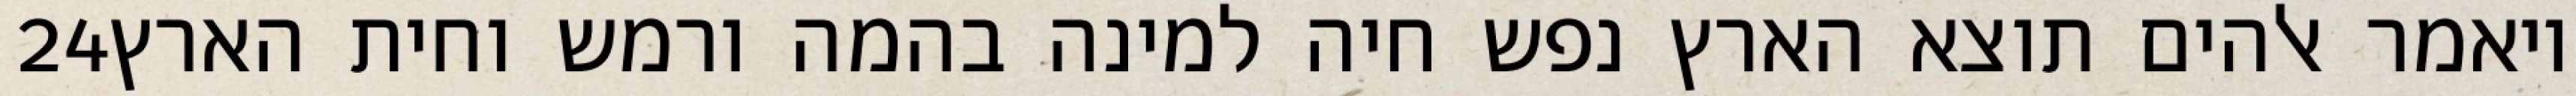
‎24‏ ויאמר אלהים תוצא הארץ נפש חיה למינה בהמה ורמש וחית הארץ